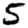
Digit: 5